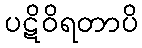
ပဋိဝိရတာပိ